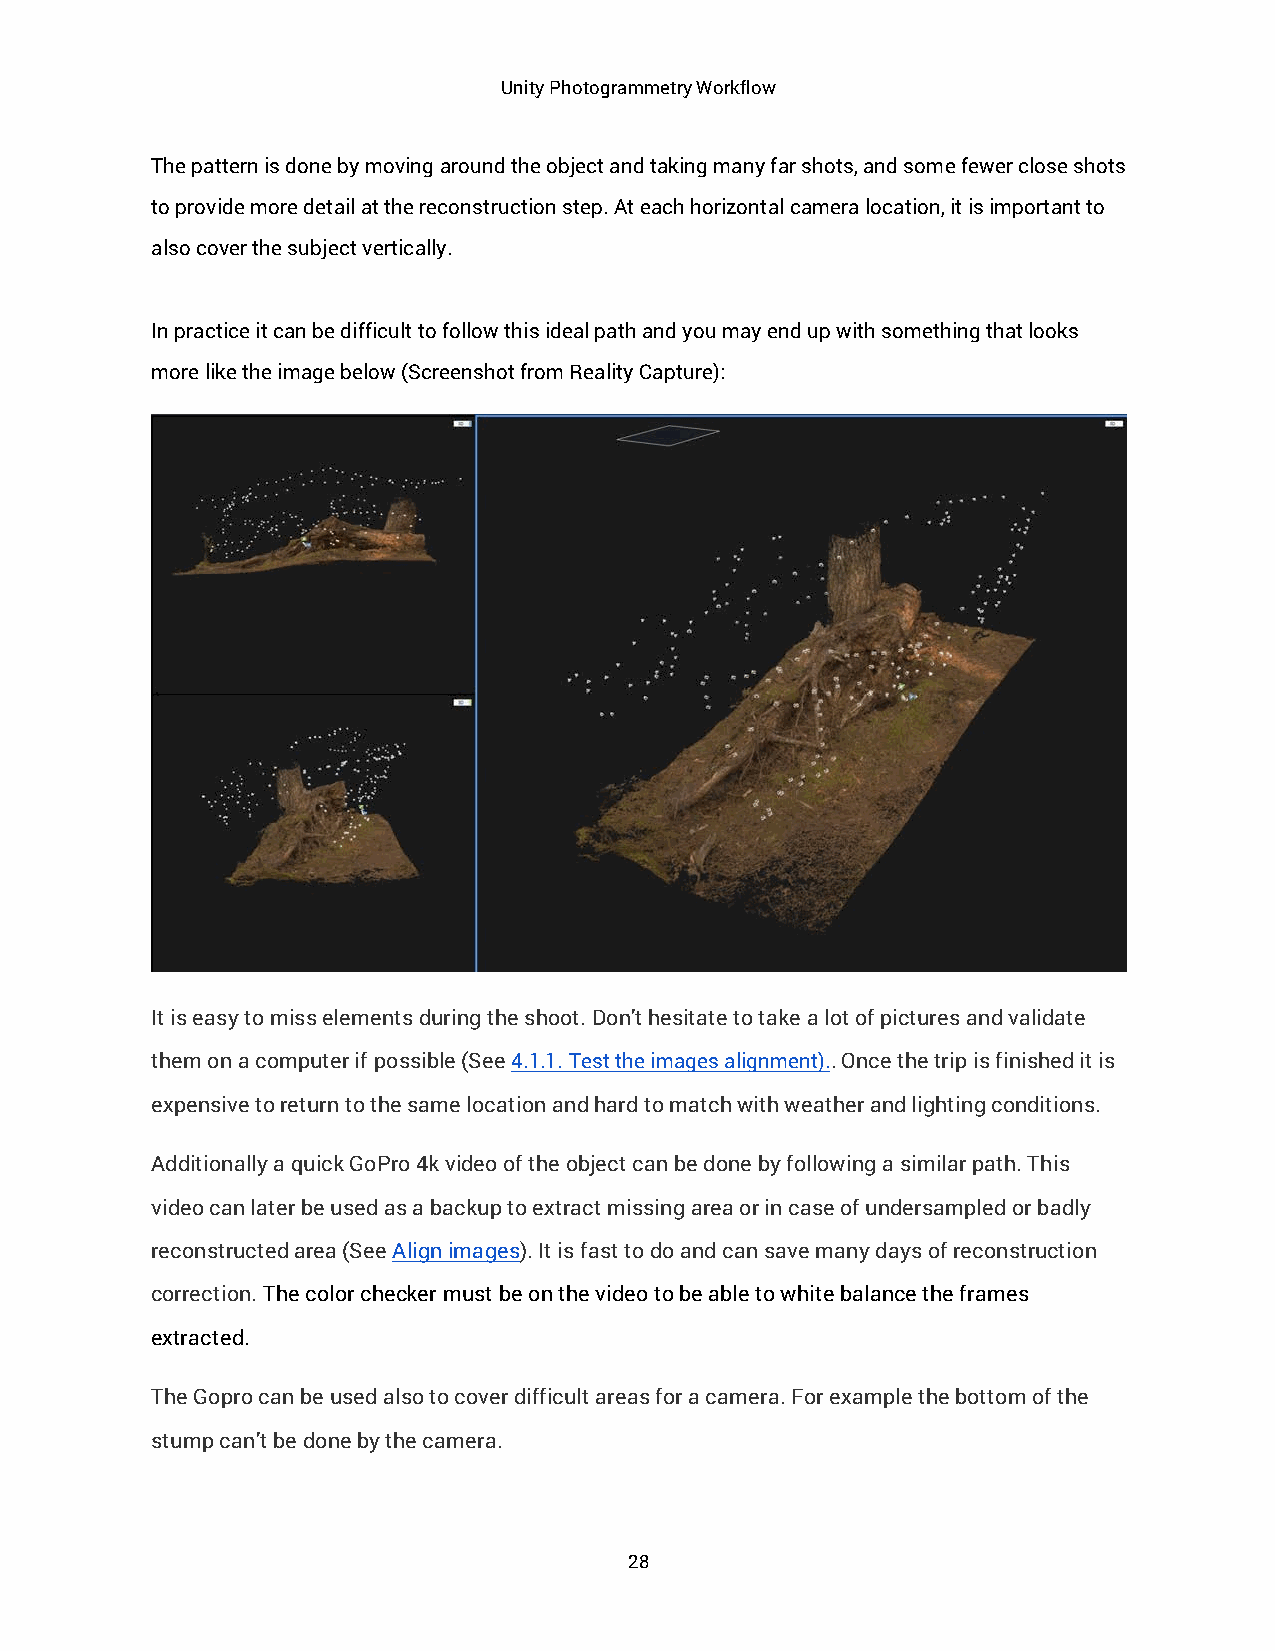
Unity Photogrammetry Workflow
 The pattern is done by moving around the object and taking many far shots, and some fewer close shots
 to provide more detail at the reconstruction step. At each horizontal camera location, it is important to
 also cover the subject vertically.
 In practice it can be difficult to follow this ideal path and you may end up with something that looks
 more like the image below (Screenshot from Reality Capture):
 It is easy to miss elements during the shoot. Don’t hesitate to take a lot of pictures and validate
 them on a computer if possible (See 4.1.1. Test the images alignment).. Once the trip is finished it is
 expensive to return to the same location and hard to match with weather and lighting conditions.
 Additionally a quick GoPro 4k video of the object can be done by following a similar path. This
 video can later be used as a backup to extract missing area or in case of undersampled or badly
 reconstructed area (See Align images). It is fast to do and can save many days of reconstruction
 correction. The color checker must be on the video to be able to white balance the frames
 extracted.
 The Gopro can be used also to cover difficult areas for a camera. For example the bottom of the
 stump can’t be done by the camera.
 28